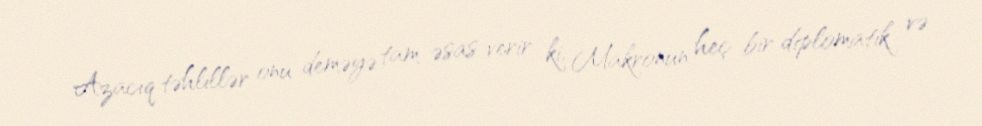
Azacıq təhlillər onu deməyə tam əsas verir ki, Makronun heç bir diplomatik və